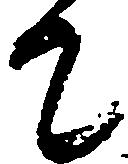
て